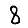
Digit: 8